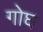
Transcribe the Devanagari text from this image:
गोघ